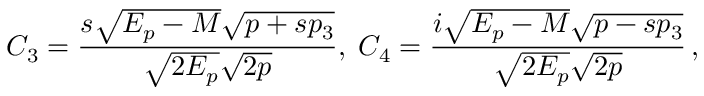
C _ { 3 } = { \frac { s \sqrt { E _ { p } - M } \sqrt { p + s p _ { 3 } } } { \sqrt { 2 E _ { p } } \sqrt { 2 p } } } , \; C _ { 4 } = { \frac { i \sqrt { E _ { p } - M } \sqrt { p - s p _ { 3 } } } { \sqrt { 2 E _ { p } } \sqrt { 2 p } } } \, ,